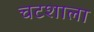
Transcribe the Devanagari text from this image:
चटशाला